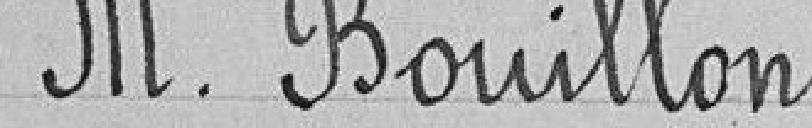
Monsieur Bouillon